Vaccination in Burma 1912-1922 - 1912-1922
Year: 1912
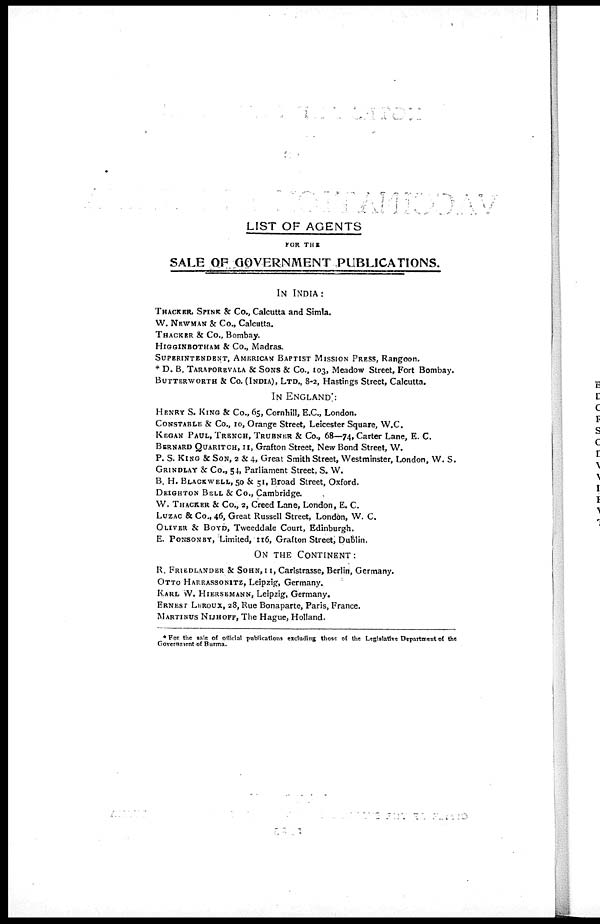
LIST OF AGENTS
FOR THE
SALE OF GOVERNMENT PUBLICATIONS.
IN INDIA:
THACKER, SPINK & Co., Calcutta and Simla.
W. NEWMAN & Co., Calcutta.
THACKER & Co., Bombay.
HIGGINBOTHAM & Co., Madras.
SUPERINTENDENT, AMERICAN BAPTIST MISSION PRESS, Rangoon.
* D. B. TARAPOREVALA & SONS & Co., 103, Meadow Street, Fort Bombay.
BUTTERWORTH & Co. (INDIA), LTD., 8-2, Hastings Street, Calcutta.
IN ENGLAND.
HENRY S. KING & Co., 65, Cornhill, E.C., London.
CONSTABLE & Co., 10, Orange Street, Leicester Square, W.C.
KEGAN PAUL, TRENCH, TRUBNER & Co., 68—74, Carter Lane, E. C.
BERNARD QUARITCH, 11, Grafton Street, New Bond Street, W.
P. S. KING & SON, 2 & 4, Great Smith Street, Westminster, London, W. S.
GRINDLAY & Co., 54, Parliament Street, S. W.
B. H. BLACKWELL, 50 & 51, Broad Street, Oxford.
DEIGHTON BELL & Co., Cambridge.
W. THACKER & Co., 2, Creed Lane, London, E. C.
LUZAC & Co., 46, Great Russell Street, London, W. C.
OLIVER & BOYD, Tweeddale Court, Edinburgh.
E. PONSONBY, Limited, 116, Grafton Street, Dublin.
ON THE CONTINENT:
R. FRIEDLANDER & SOHN, 11, Carlstrasse, Berlin, Germany.
OTTO HARRASSONITZ, Leipzig, Germany.
KARL W. HIERSEMANN, Leipzig, Germany.
ERNEST LEROUX, 28, Rue Bonaparte, Paris, France.
MARTINUS NIJHOFF, The Hague, Holland.
* For the sale of official publications excluding those of the Legislative Department of the
Government of Burma.